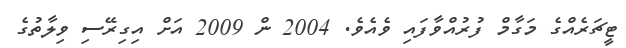
ޓީޗަރެއްގެ މަގާމް ފުރުއްވާފައި ވެއެވެ. 2004 ން 2009 އަށް އިގިރޭސި ވިލާތުގެ